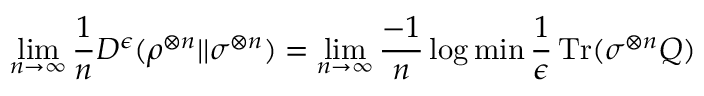
\operatorname* { l i m } _ { n \rightarrow \infty } { \frac { 1 } { n } } D ^ { \epsilon } ( \rho ^ { \otimes n } | | \sigma ^ { \otimes n } ) = \operatorname* { l i m } _ { n \rightarrow \infty } { \frac { - 1 } { n } } \log \operatorname* { m i n } { \frac { 1 } { \epsilon } } \operatorname { T r } ( \sigma ^ { \otimes n } Q )